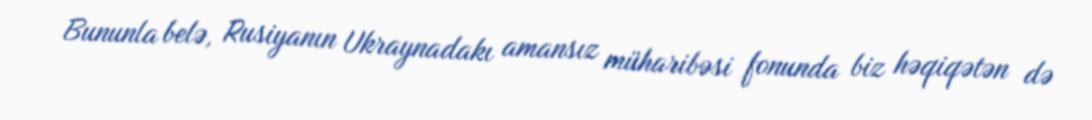
Bununla belə, Rusiyanın Ukraynadakı amansız müharibəsi fonunda biz həqiqətən də